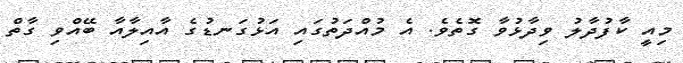
މިއީ ކާފުދާލު ވިދާޅުވާ ގޮތެވެ. އެ މުއްދަތުގައި އަޅުގަނޑުގެ އާއިލާއާ ބޭއްވި ގާތް